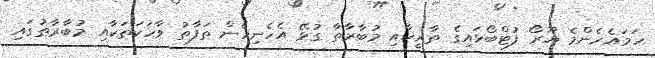
ހަމައެހެންމެ ޔޫރޯ ފުޓްބޯޅައިގެ ތާރީޚާއި މުބާރާތާ ގުޅޭ އެހެނިހެން ތަފާތު ވާހަކަތަކާއި މުބާރާތުގައި